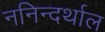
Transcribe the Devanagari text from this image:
ननिन्दर्थाल